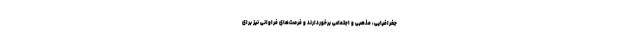
جغرافیایی، مذهبی و اجتماعی برخوردارند و فرصت‌های فراوانی نیز برای